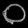
Digit: ၀